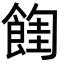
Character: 𩜩